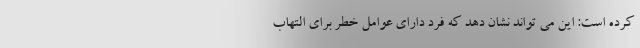
کرده است: این می تواند نشان دهد که فرد دارای عوامل خطر برای التهاب